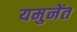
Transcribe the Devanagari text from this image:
यमुनेंत